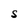
Character: S